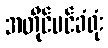
အတိုင်ပင်ခံရုံး